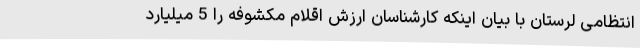
انتظامی لرستان با بیان اینکه کارشناسان ارزش اقلام مکشوفه را 5 میلیارد